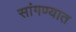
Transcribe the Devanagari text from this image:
सांगण्‍यात